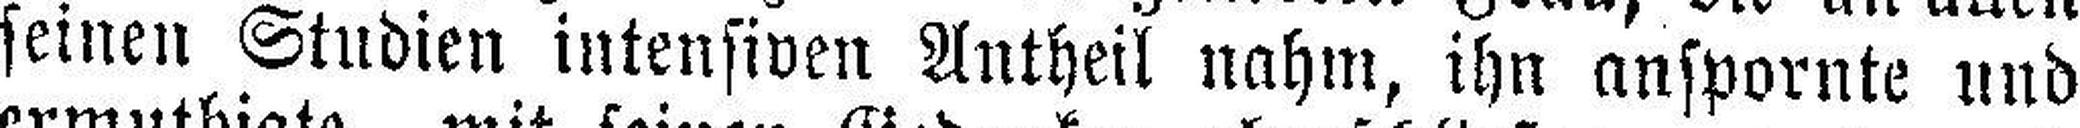
seinen Studien intensiven Antheil nahm, ihn anspornte und